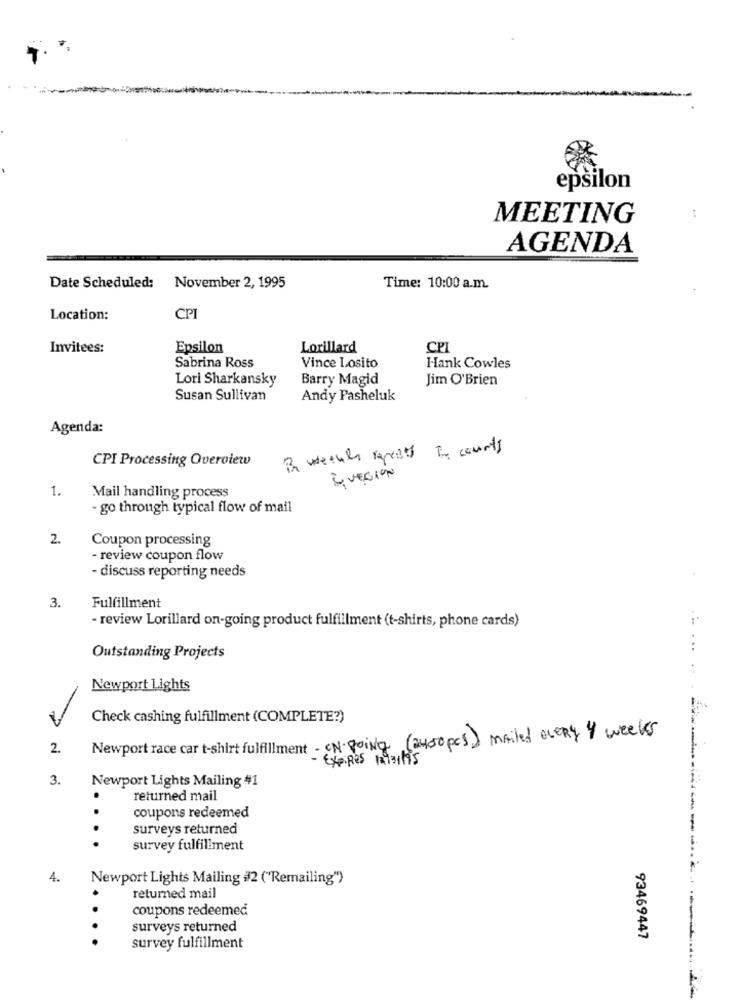
epsilon
MEETING
AGENDA
Date Scheduled: November 2, 1995
Time: 10:00 a.m.
Location:
CPI
Invitees:
Epsilon
Lorillard
CPI
Sabrina Ross
Vince Losito
Hank Cowles
Lori Sharkansky
Barry Magid
Jim O'Brien
Susan Sullivan
Andy Pasheluk
Agenda:
B weekly repeats to courts
CPI Processing Overview
QUEGION
1.
Mail handling process
go through typical flow of mail
2.
Coupon processing
- review coupon flow
- discuss reporting needs
3.
Fulfillment
- review Lorillard on-going product fulfillment (t-shirts, phone cards)
Outstanding Projects
Newport Lights
Check cashing fulfillment (COMPLETE?)
Newport race car t-shirt fulfillment - ON- going (auropcs) mailed every 4 weeks
2.
EXPIRES 12/31/95
3.
Newport Lights Mailing #1
returned mail
coupons redeemed
surveys returned
survey fulfillment
4.
Newport Lights Mailing #2 ("Remailing">
returned mail
coupons redeemed
surveys returned
93469447
survey fulfillment